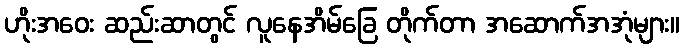
ဟိုးအဝေး ဆည်းဆာတွင် လူနေအိမ်ခြေ တိုက်တာ အဆောက်အအုံများ။